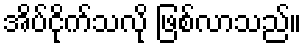
အိပ်ငိုက်သလို ဖြစ်လာသည်။